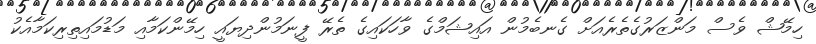
ހިމޭޝް ވެސް މަންޒަރުގެތެރެއަށް ގެނބެމުން އައިޝަމްގެ ވާހަކައިގެ ތެރޭ ފީނަމުންދިޔައީ ހިމޭންކަމާއި މަޑުމައިތިރިކަމާއެކު